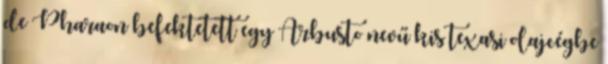
de Pharaon befektetett egy Arbusto nevű kis texasi olajcégbe